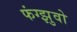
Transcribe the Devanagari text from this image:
फंग्झुवो